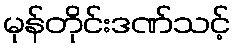
မုန်တိုင်းဒဏ်သင့်